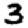
Digit: 3